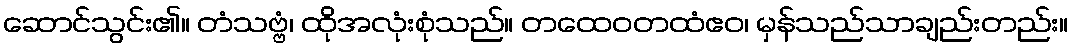
ဆောင်သွင်း၏။ တံသဗ္ဗံ၊ ထိုအလုံးစုံသည်။ တထေဝတထံဧဝ၊ မှန်သည်သာချည်းတည်း။